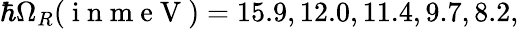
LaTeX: \hbar\Omega_{R}(\mathrm{~i~n~m~e~V~})=15.9,12.0,11.4,9.7,8.2,